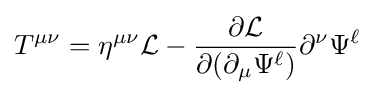
T^{\mu \nu }=\eta ^{\mu \nu }{\mathcal {L}}-{\frac {\partial {\mathcal {L}}}{\partial (\partial _{\mu }\Psi ^{\ell })}}\partial ^{\nu }\Psi ^{\ell }